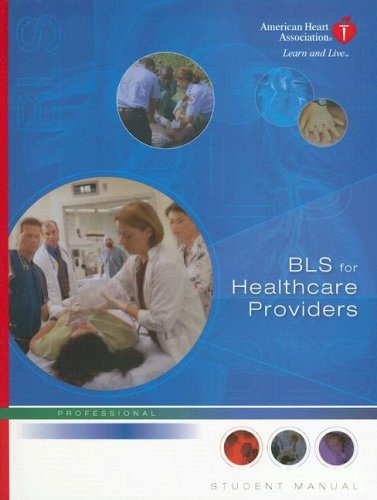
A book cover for BLS for Healthcare Providers; Health, Fitness & Dieting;